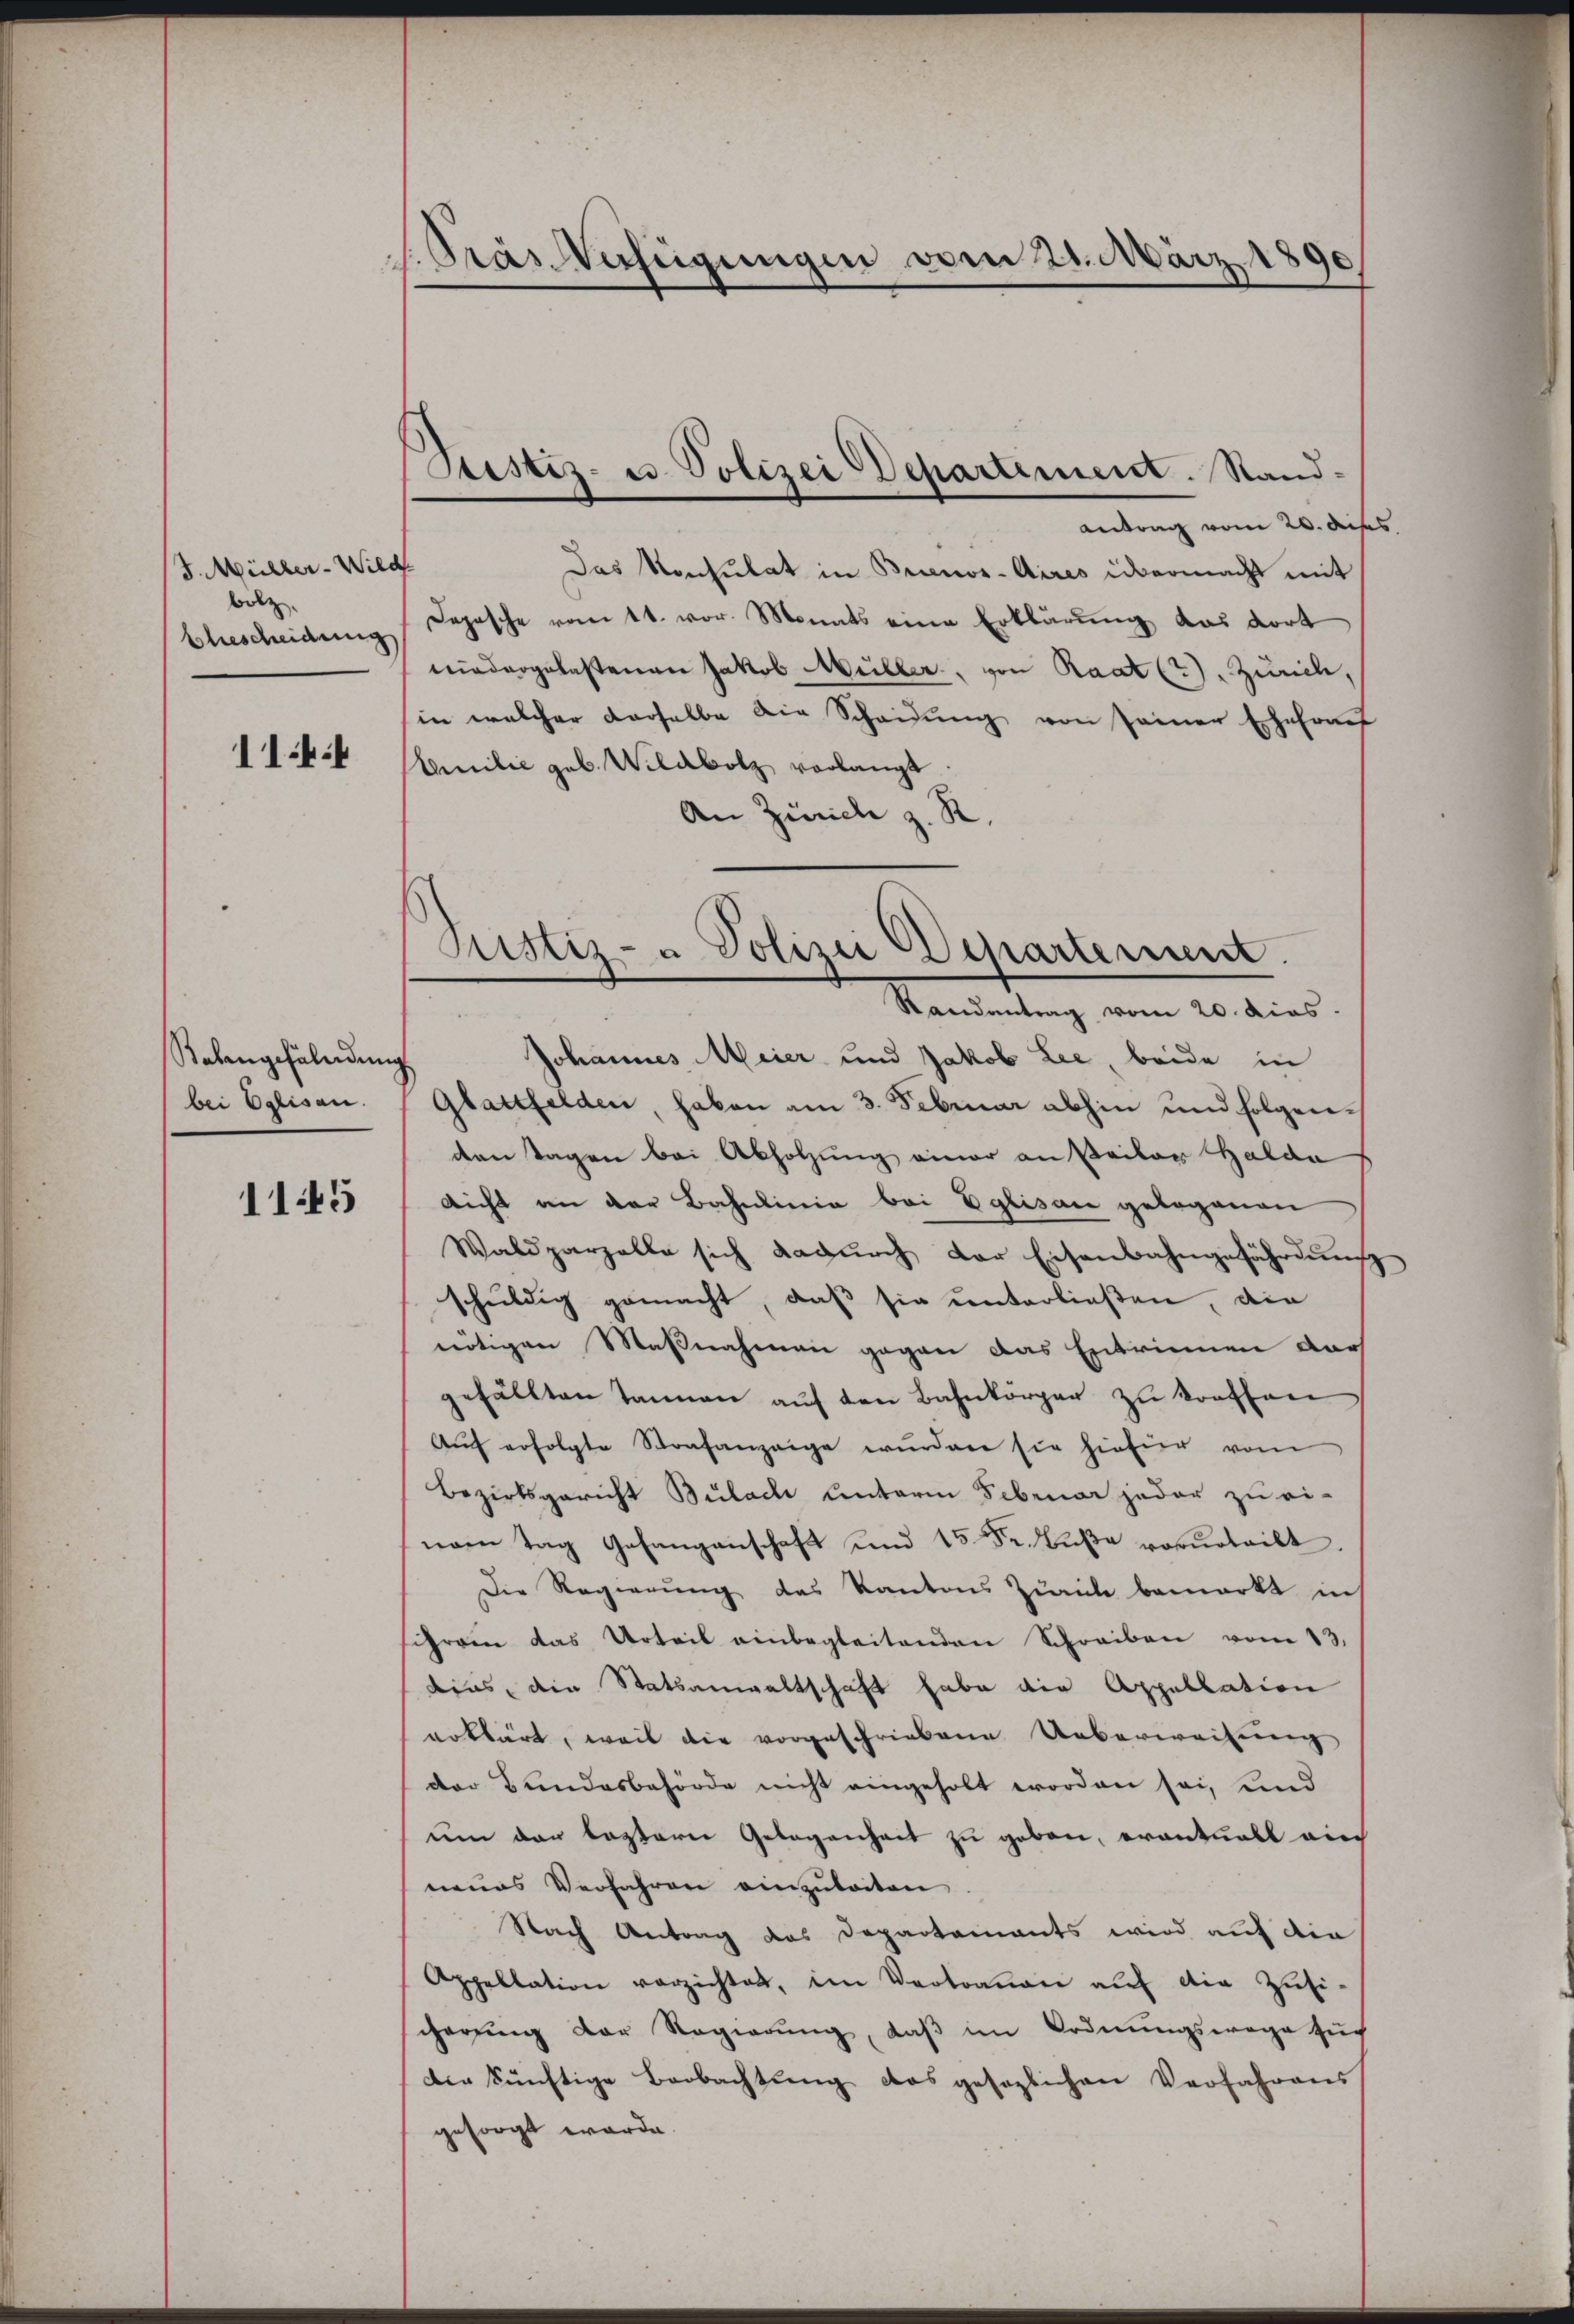
J. Müller-Wild
bolz.
Ehescheidung

114:

Robangefälndŭng
bei Eglisau.

1145

1.Pras Verfügungen vom 21. März 1890

Justiz- u. Polizei Departement. Sand¬

Justiz- & Polizei Departement.
Randantrag vom 20. dies.
Johannes Meier und Jakob Lee beide in

Antrag vom 20. des
Das Konsulat in Brienos-Aires übermacht mit
Depesche vom 11. vor. Monats eine Erklärung das dort
niedergelastenen Jakob Müller, von Raat(?). Zürich,
in welcher derselbe die Scheidŭng von seiner Ehefrauf
Eamilie geb. Wildbolz verlangt
An Zürich z. R.
Glattfelden, haben am 3. Februar abhin und folgenden Tagen bei Abholzung einer an Beiler Halda
nicht an der Bahnlinie bei Eglisau gelegenen
Waldparzelle sich dadŭrch der Eisenbahngefährdung
schuldig gemacht, daß sie unterließen, die
nötigen Maßnahmen gegen das Entrinnen darf
gefällten Tannen auf den Bahnkörper zu konften
Aŭf erfolgte Strafanzeige würden sie hiefür vom
Bezirksgericht Bülach Unterm Februar jeder zu ei-
nem Tag Gefangenschaft und 15 Fr. Bŭβe vorurteilt.
Die Regierung des Kantons Zürich bemerkt in
chrom das Urteil einbegleitenden Schreiben vom 13.
dius, die Statsanwaltschaft habe die Appellation
erklärt, weil die vorgeschriebene Ueberweisung
der Bundesbehörde nicht eingeholt worden sei, und
um der lezterer Gelegenheit zu geben, eventuell ein
neues Verfahren einzuleiten
Nach Antrag das Departements wird auf die
Appellation verzichtet, im Vertrauen aŭf die Zusi-
cherŭng der Regierŭng, daβ im Ordnŭngswege sŭch
die künftige Beobachtung das gesezlichen Verfahrens
gesorgt wurde.